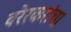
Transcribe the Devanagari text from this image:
वरेरकरांचा